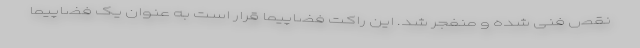
نقص فنی شده و منفجر شد. این راکت فضاپیما قرار است به عنوان یک فضاپیما